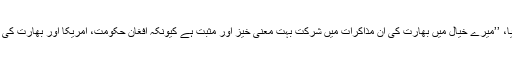
یوسف زئی نے ڈی ڈبلیو کو بتایا، ’’میرے خیال میں بھارت کی ان مذاکرات میں شرکت بہت معنی خیز اور مثبت ہے کیونکہ افغان حکومت، امریکا اور بھارت کی سوچ تقریباﹰ ایک ہی جیسی ہے۔